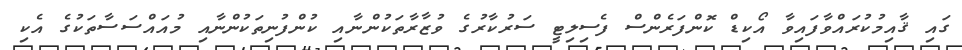
ގައި ޤާއިމުކުރައްވާފައިވާ އޯކިޑް ކޮންފަރެންސް ފެސިލިޓީ ސަރުކާރުގެ ވުޒާރާތަކުންނާއި ކުންފުނިތަކުންނާއި މުއައްސަސާތަކުގެ އެކި